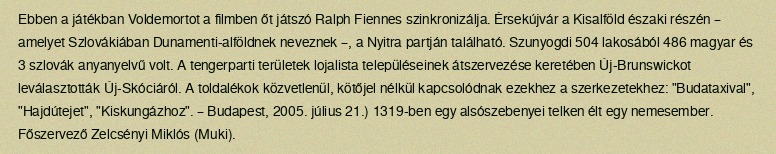
Ebben a játékban Voldemortot a filmben őt játszó Ralph Fiennes szinkronizálja. Érsekújvár a Kisalföld északi részén – amelyet Szlovákiában Dunamenti-alföldnek neveznek –, a Nyitra partján található. Szunyogdi 504 lakosából 486 magyar és 3 szlovák anyanyelvű volt. A tengerparti területek lojalista településeinek átszervezése keretében Új-Brunswickot leválasztották Új-Skóciáról. A toldalékok közvetlenül, kötőjel nélkül kapcsolódnak ezekhez a szerkezetekhez: "Budataxival", "Hajdútejet", "Kiskungázhoz". – Budapest, 2005. július 21.) 1319-ben egy alsószebenyei telken élt egy nemesember. Főszervező Zelcsényi Miklós (Muki).